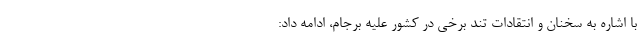
با اشاره به سخنان و انتقادات تند برخی در کشور علیه برجام، ادامه داد: